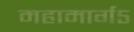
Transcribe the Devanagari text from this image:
महामार्ग५